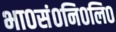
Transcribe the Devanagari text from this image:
भा०सं०नि०लि०